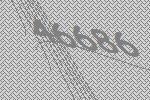
46686